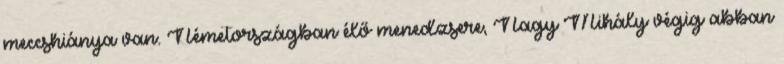
meccshiánya van. Németországban élő menedzsere, Nagy Mihály végig abban